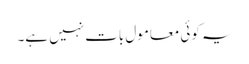
یہ کوئی معامول بات نہیں ہے۔